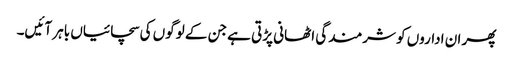
پھر ان اداروں کو شرمندگی اٹھانی پڑتی ہے جن کے لوگوں کی سچائیاں باہر آئیں۔